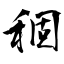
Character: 稒